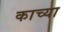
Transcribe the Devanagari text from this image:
काच्या